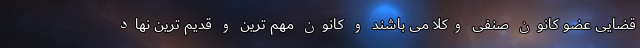
قضایی عضو کانون صنفی وکلا می باشند و کانون مهم ترین و قدیم ترین نهاد